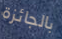
بالجائزة